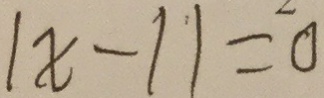
\vert x - 1 \vert = 0